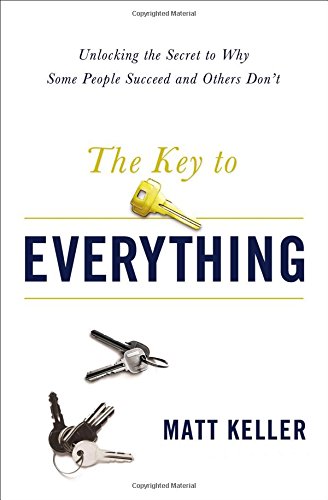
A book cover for The Key to Everything: Unlocking the Secret to Why Some People Succeed and Others Don't; Matt Keller; Christian Books & Bibles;